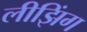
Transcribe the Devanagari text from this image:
लीझिंग